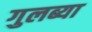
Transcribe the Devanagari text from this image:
गुलब्या